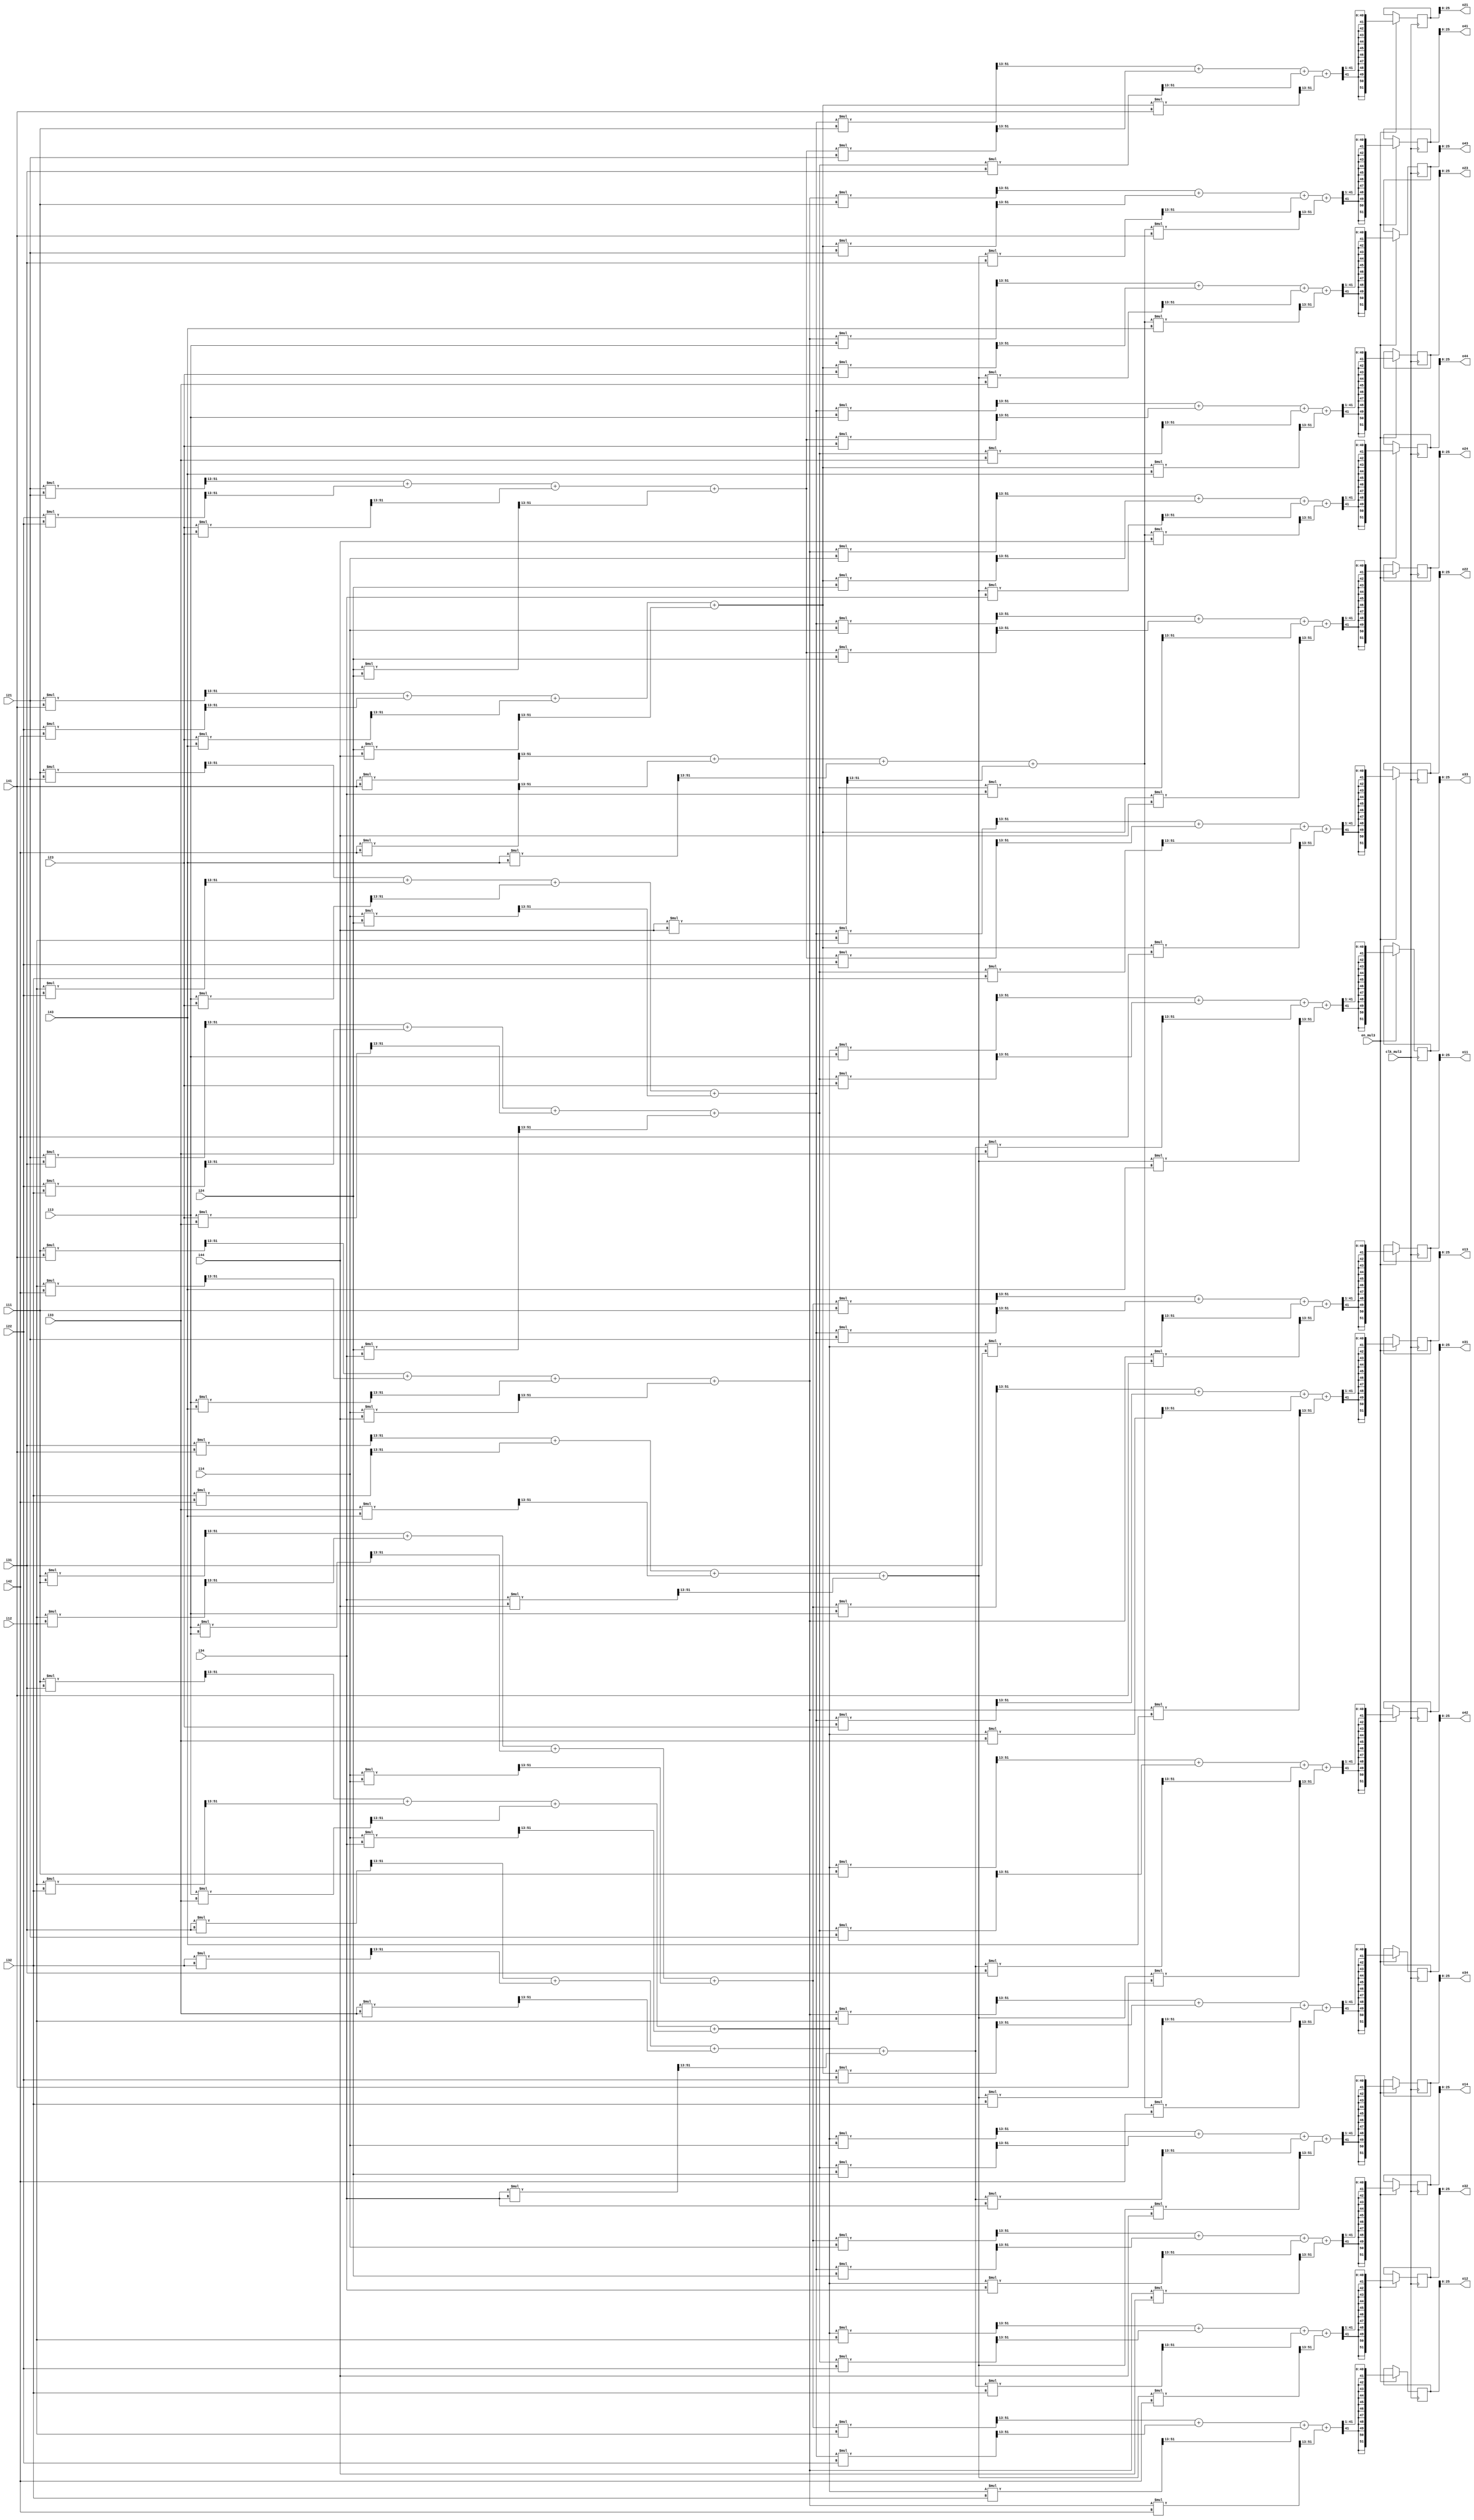
module SYMM_MUL3 (
    input clk_mul3,
    input en_mul3,

    input signed [25:0] i11, i12, i13, i14,
    input signed [25:0] i21, i22, i23, i24,
    input signed [25:0] i31, i32, i33, i34,
    input signed [25:0] i41, i42, i43, i44,

    output signed [25:0] o11, o12, o13, o14,
    output signed [25:0] o21, o22, o23, o24,
    output signed [25:0] o31, o32, o33, o34,
    output signed [25:0] o41, o42, o43, o44
);

reg signed [51:0] wwT11, wwT12, wwT13, wwT14;
reg signed [51:0] wwT21, wwT22, wwT23, wwT24;
reg signed [51:0] wwT31, wwT32, wwT33, wwT34;
reg signed [51:0] wwT41, wwT42, wwT43, wwT44;

reg signed [51:0] wwTw11, wwTw12, wwTw13, wwTw14;
reg signed [51:0] wwTw21, wwTw22, wwTw23, wwTw24;
reg signed [51:0] wwTw31, wwTw32, wwTw33, wwTw34;
reg signed [51:0] wwTw41, wwTw42, wwTw43, wwTw44;

reg signed [51:0] o11_reg, o12_reg, o13_reg, o14_reg;
reg signed [51:0] o21_reg, o22_reg, o23_reg, o24_reg;
reg signed [51:0] o31_reg, o32_reg, o33_reg, o34_reg;
reg signed [51:0] o41_reg, o42_reg, o43_reg, o44_reg;

assign o11 = o11_reg[25:0];
assign o12 = o12_reg[25:0];
assign o13 = o13_reg[25:0];
assign o14 = o14_reg[25:0];
assign o21 = o21_reg[25:0];
assign o22 = o22_reg[25:0];
assign o23 = o23_reg[25:0];
assign o24 = o24_reg[25:0];
assign o31 = o31_reg[25:0];
assign o32 = o32_reg[25:0];
assign o33 = o33_reg[25:0];
assign o34 = o34_reg[25:0];
assign o41 = o41_reg[25:0];
assign o42 = o42_reg[25:0];
assign o43 = o43_reg[25:0];
assign o44 = o44_reg[25:0];

always @(*) begin
    wwT11 = ((i11 * i11) >>> 13) + ((i12 * i12) >>> 13) + ((i13 * i13) >>> 13) + ((i14 * i14) >>> 13);
    wwT12 = ((i11 * i21) >>> 13) + ((i12 * i22) >>> 13) + ((i13 * i23) >>> 13) + ((i14 * i24) >>> 13);
    wwT13 = ((i11 * i31) >>> 13) + ((i12 * i32) >>> 13) + ((i13 * i33) >>> 13) + ((i14 * i34) >>> 13);
    wwT14 = ((i11 * i41) >>> 13) + ((i12 * i42) >>> 13) + ((i13 * i43) >>> 13) + ((i14 * i44) >>> 13);
    wwT21 = ((i21 * i11) >>> 13) + ((i22 * i12) >>> 13) + ((i23 * i13) >>> 13) + ((i24 * i14) >>> 13);
    wwT22 = ((i21 * i21) >>> 13) + ((i22 * i22) >>> 13) + ((i23 * i23) >>> 13) + ((i24 * i24) >>> 13);
    wwT23 = ((i21 * i31) >>> 13) + ((i22 * i32) >>> 13) + ((i23 * i33) >>> 13) + ((i24 * i34) >>> 13);
    wwT24 = ((i21 * i41) >>> 13) + ((i22 * i42) >>> 13) + ((i23 * i43) >>> 13) + ((i24 * i44) >>> 13);
    wwT31 = ((i31 * i11) >>> 13) + ((i32 * i12) >>> 13) + ((i33 * i13) >>> 13) + ((i34 * i14) >>> 13);
    wwT32 = ((i31 * i21) >>> 13) + ((i32 * i22) >>> 13) + ((i33 * i23) >>> 13) + ((i34 * i24) >>> 13);
    wwT33 = ((i31 * i31) >>> 13) + ((i32 * i32) >>> 13) + ((i33 * i33) >>> 13) + ((i34 * i34) >>> 13);
    wwT34 = ((i31 * i41) >>> 13) + ((i32 * i42) >>> 13) + ((i33 * i43) >>> 13) + ((i34 * i44) >>> 13);
    wwT41 = ((i41 * i11) >>> 13) + ((i42 * i12) >>> 13) + ((i43 * i13) >>> 13) + ((i44 * i14) >>> 13);
    wwT42 = ((i41 * i21) >>> 13) + ((i42 * i22) >>> 13) + ((i43 * i23) >>> 13) + ((i44 * i24) >>> 13);
    wwT43 = ((i41 * i31) >>> 13) + ((i42 * i32) >>> 13) + ((i43 * i33) >>> 13) + ((i44 * i34) >>> 13);
    wwT44 = ((i41 * i41) >>> 13) + ((i42 * i42) >>> 13) + ((i43 * i43) >>> 13) + ((i44 * i44) >>> 13);

    wwTw11 = ((wwT11 * i11) >>> 13) + ((wwT12 * i21) >>> 13) + ((wwT13 * i31) >>> 13) + ((wwT14 * i41) >>> 13);
    wwTw12 = ((wwT11 * i12) >>> 13) + ((wwT12 * i22) >>> 13) + ((wwT13 * i32) >>> 13) + ((wwT14 * i42) >>> 13);
    wwTw13 = ((wwT11 * i13) >>> 13) + ((wwT12 * i23) >>> 13) + ((wwT13 * i33) >>> 13) + ((wwT14 * i43) >>> 13);
    wwTw14 = ((wwT11 * i14) >>> 13) + ((wwT12 * i24) >>> 13) + ((wwT13 * i34) >>> 13) + ((wwT14 * i44) >>> 13);
    wwTw21 = ((wwT21 * i11) >>> 13) + ((wwT22 * i21) >>> 13) + ((wwT23 * i31) >>> 13) + ((wwT24 * i41) >>> 13);
    wwTw22 = ((wwT21 * i12) >>> 13) + ((wwT22 * i22) >>> 13) + ((wwT23 * i32) >>> 13) + ((wwT24 * i42) >>> 13);
    wwTw23 = ((wwT21 * i13) >>> 13) + ((wwT22 * i23) >>> 13) + ((wwT23 * i33) >>> 13) + ((wwT24 * i43) >>> 13);
    wwTw24 = ((wwT21 * i14) >>> 13) + ((wwT22 * i24) >>> 13) + ((wwT23 * i34) >>> 13) + ((wwT24 * i44) >>> 13);
    wwTw31 = ((wwT31 * i11) >>> 13) + ((wwT32 * i21) >>> 13) + ((wwT33 * i31) >>> 13) + ((wwT34 * i41) >>> 13);
    wwTw32 = ((wwT31 * i12) >>> 13) + ((wwT32 * i22) >>> 13) + ((wwT33 * i32) >>> 13) + ((wwT34 * i42) >>> 13);
    wwTw33 = ((wwT31 * i13) >>> 13) + ((wwT32 * i23) >>> 13) + ((wwT33 * i33) >>> 13) + ((wwT34 * i43) >>> 13);
    wwTw34 = ((wwT31 * i14) >>> 13) + ((wwT32 * i24) >>> 13) + ((wwT33 * i34) >>> 13) + ((wwT34 * i44) >>> 13);
    wwTw41 = ((wwT41 * i11) >>> 13) + ((wwT42 * i21) >>> 13) + ((wwT43 * i31) >>> 13) + ((wwT44 * i41) >>> 13);
    wwTw42 = ((wwT41 * i12) >>> 13) + ((wwT42 * i22) >>> 13) + ((wwT43 * i32) >>> 13) + ((wwT44 * i42) >>> 13);
    wwTw43 = ((wwT41 * i13) >>> 13) + ((wwT42 * i23) >>> 13) + ((wwT43 * i33) >>> 13) + ((wwT44 * i43) >>> 13);
    wwTw44 = ((wwT41 * i14) >>> 13) + ((wwT42 * i24) >>> 13) + ((wwT43 * i34) >>> 13) + ((wwT44 * i44) >>> 13);
end

always @(posedge clk_mul3) begin
    if (en_mul3) begin
        o11_reg <= wwTw11 >>> 1; o12_reg <= wwTw12 >>> 1; o13_reg <= wwTw13 >>> 1; o14_reg <= wwTw14 >>> 1;
        o21_reg <= wwTw21 >>> 1; o22_reg <= wwTw22 >>> 1; o23_reg <= wwTw23 >>> 1; o24_reg <= wwTw24 >>> 1;
        o31_reg <= wwTw31 >>> 1; o32_reg <= wwTw32 >>> 1; o33_reg <= wwTw33 >>> 1; o34_reg <= wwTw34 >>> 1;
        o41_reg <= wwTw41 >>> 1; o42_reg <= wwTw42 >>> 1; o43_reg <= wwTw43 >>> 1; o44_reg <= wwTw44 >>> 1;
    end else begin
        // o11 <= i11; o12 <= i12; o13 <= i13; o14 <= i14;
        // o21 <= i21; o22 <= i22; o23 <= i23; o24 <= i24;
        // o31 <= i31; o32 <= i32; o33 <= i33; o34 <= i34;
        // o41 <= i41; o42 <= i42; o43 <= i43; o44 <= i44;
    end
end
    
endmodule